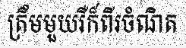
ត្រឹមមួយរឺក៏ពីរចំណិត